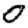
Digit: 0